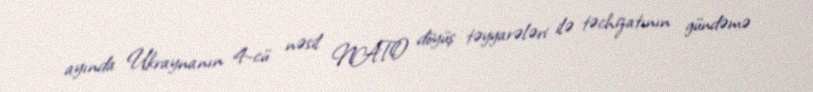
ayında Ukraynanın 4-cü nəsil NATO döyüş təyyarələri ilə təchizatının gündəmə